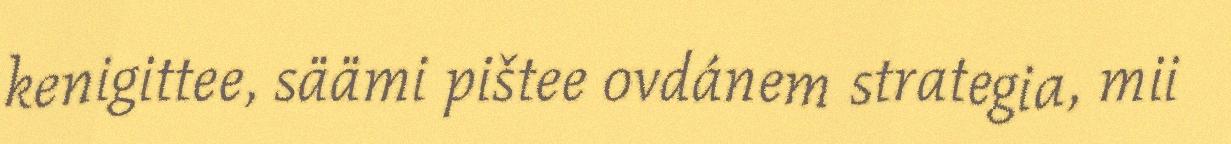
kenigittee, säämi pištee ovdánem strategia, mii